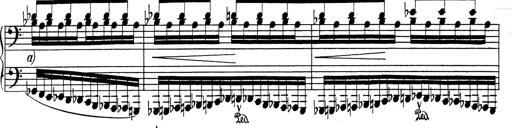
Title: RÃ©miniscences de Don Juan
Composer: Franz Liszt